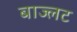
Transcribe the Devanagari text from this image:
बाज्लट